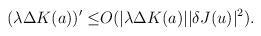
LaTeX: \begin{align*}(\lambda\Delta K(a))' \leq & O(\vert\lambda\Delta K(a)\vert\vert \delta J(u)\vert^{2}).\end{align*}